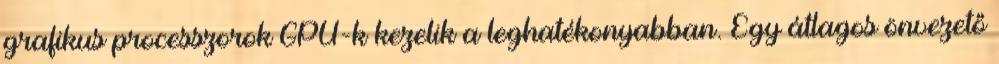
grafikus processzorok GPU-k kezelik a leghatékonyabban. Egy átlagos önvezető